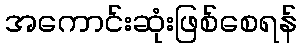
အကောင်းဆုံးဖြစ်စေရန်